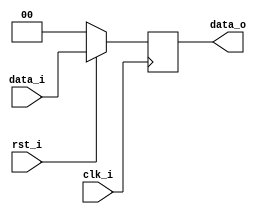
`timescale 1ns / 1ps

//////////////////////////////////////////////////////////////////////////////////
// student ID: 0516013
// Module Name: Pipe_Reg
//////////////////////////////////////////////////////////////////////////////////

module Pipe_Reg(
    clk_i,
    rst_i,
    data_i,
    data_o
    );
					
parameter size = 0;

input   clk_i;		  
input   rst_i;
input   [size-1:0] data_i;
output reg  [size-1:0] data_o;
	  
always@(posedge clk_i) begin
    if(~rst_i)
        data_o <= 0;
    else
        data_o <= data_i;
end

endmodule